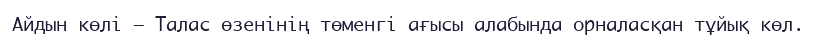
Айдын көлі – Талас өзенінің төменгі ағысы алабында орналасқан тұйық көл.